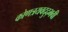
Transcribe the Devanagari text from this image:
कोणत्रयवदुद्भवी